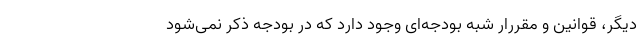
دیگر، قوانین و مقررار شبه بودجه‌ای وجود دارد که در بودجه ذکر نمی‌شود